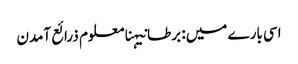
اسی بارے میں: برطانیہنامعلوم ذرائع آمدن